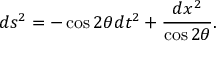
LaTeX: d s ^ { 2 } = - \cos 2 \theta d t ^ { 2 } + \frac { d x ^ { 2 } } { \cos 2 \theta } .